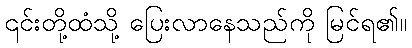
၎င်းတို့ထံသို့ ပြေးလာနေသည်ကို မြင်ရ၏။